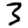
Digit: 3